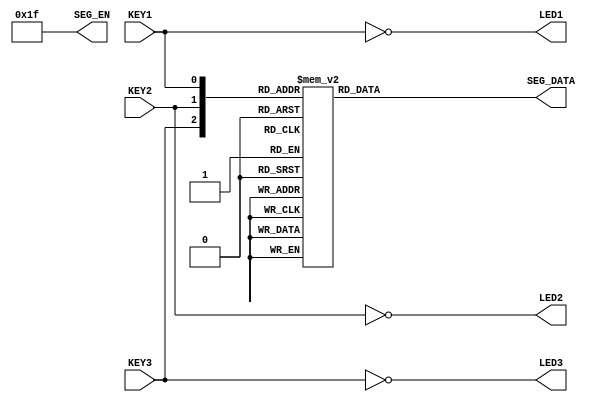
//---------------------------------------------------------------------------
//--			:	A4_Vote4.v
//--			:	ZIRCON
//--			:	
//--		:	2014-1-1
//---------------------------------------------------------------------------
module A4_Vote4							//A4_Vote4,
(
	//
	KEY1,KEY2,KEY3,
	//
	LED1,LED2,LED3,SEG_DATA,SEG_EN                 
);

//---------------------------------------------------------------------------
//--	
//---------------------------------------------------------------------------
input       		KEY1,KEY2,KEY3;	//
output      		LED1,LED2,LED3;	//LED
output      [5:0] SEG_EN;           //
output reg  [6:0] SEG_DATA;         //
 
//---------------------------------------------------------------------------
//--	
//---------------------------------------------------------------------------
parameter	SEG_NUM0 = 7'h3f,       //0
				SEG_NUM1 = 7'h06,       //1
				SEG_NUM2 = 7'h5b,       //2
				SEG_NUM3 = 7'h4f;       //3

//---------------------------------------------------------------------------
//--		
//---------------------------------------------------------------------------
always @ (*)                        //
begin                   
	case({KEY3,KEY2,KEY1})				//KEY3KEY2KEY110
		3'b000 : SEG_DATA = SEG_NUM0;	//00
		3'b001 : SEG_DATA = SEG_NUM1;	//11
		3'b010 : SEG_DATA = SEG_NUM1;	//11
		3'b011 : SEG_DATA = SEG_NUM2;	//22
		3'b100 : SEG_DATA = SEG_NUM1;	//11
		3'b101 : SEG_DATA = SEG_NUM2;	//22
		3'b110 : SEG_DATA = SEG_NUM2;	//22
		3'b111 : SEG_DATA = SEG_NUM3;	//33
		default: SEG_DATA = SEG_NUM0;
	endcase									//case
end											//begin

assign LED1 = !KEY1;                //1D1
assign LED2 = !KEY2;                //2D2
assign LED3 = !KEY3;                //3D3
assign SEG_EN = 6'b011111;          //SEG1-SEG5SEG6
  
endmodule									//